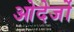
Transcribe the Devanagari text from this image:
ओदेर्जो